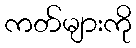
ကတ်များကို